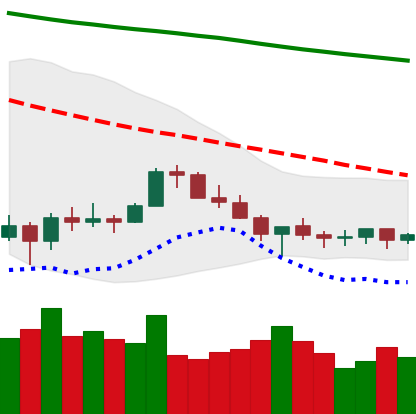
Ticker: XLM-USD
Chart end date: 2022-07-06
Forward return: -7.258%
Label: down_7plus